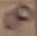
Text: 8